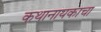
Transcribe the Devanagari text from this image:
कथानायकाचा